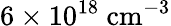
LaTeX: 6\times 10^{18}\ \mathrm{cm^{-3}}